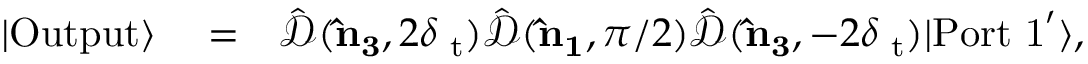
\begin{array} { r l r } { | \mathrm { O u t p u t } \rangle } & { { } = } & { \hat { \mathcal { D } } ( { \bf \hat { n } _ { 3 } } , 2 \delta { \it \Psi } _ { \mathrm { t } } ) \hat { \mathcal { D } } ( { \bf \hat { n } _ { 1 } } , \pi / 2 ) \hat { \mathcal { D } } ( { \bf \hat { n } _ { 3 } } , - 2 \delta { \it \Psi } _ { \mathrm { t } } ) | \mathrm { P o r t \ 1 } ^ { \prime } \rangle , } \end{array}